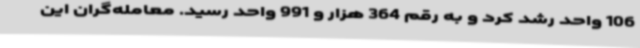
106 واحد رشد کرد و به رقم 364 هزار و 991 واحد رسید. معامله‌گران این